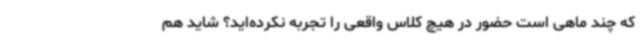
که چند ماهی است حضور در هیچ کلاس واقعی را تجربه نکرده‌اید؟ شاید هم